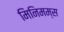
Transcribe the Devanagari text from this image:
मिनिमम्स